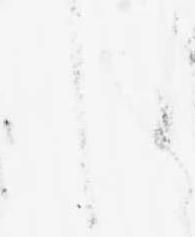
し